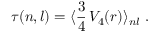
\tau ( n , l ) = \langle \frac { 3 } { 4 } \, V _ { 4 } ( r ) \rangle _ { n l } \ .